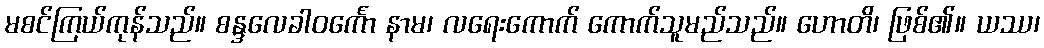
မစင်ကြယ်ကုန်သည်။ စန္ဒလေခါဝင်္ကော နာမ၊ လရေးကောက် ကောက်သူမည်သည်။ ဟောတိ၊ ဖြစ်၏။ ယဿ၊